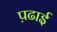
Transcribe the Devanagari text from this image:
प़ढाई